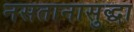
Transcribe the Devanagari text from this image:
नसतानासुद्धा